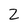
Character: 2